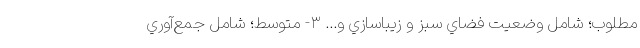
مطلوب؛ شامل وضعيت فضاي سبز و زيباسازي و... ۳- متوسط؛ شامل جمع‌آوري